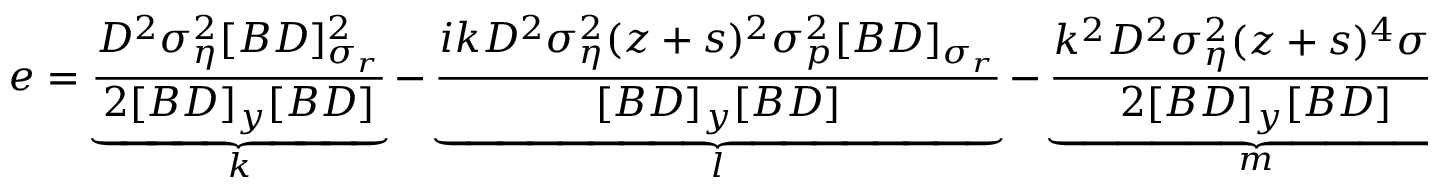
e = \underbrace { \frac { D ^ { 2 } \sigma _ { \eta } ^ { 2 } [ B D ] _ { \sigma _ { r } } ^ { 2 } } { 2 [ B D ] _ { y } [ B D ] } } _ { k } - \underbrace { \frac { i k D ^ { 2 } \sigma _ { \eta } ^ { 2 } ( z + s ) ^ { 2 } \sigma _ { p } ^ { 2 } [ B D ] _ { \sigma _ { r } } } { [ B D ] _ { y } [ B D ] } } _ { l } - \underbrace { \frac { k ^ { 2 } D ^ { 2 } \sigma _ { \eta } ^ { 2 } ( z + s ) ^ { 4 } \sigma _ { p } ^ { 4 } } { 2 [ B D ] _ { y } [ B D ] } } _ { m } .